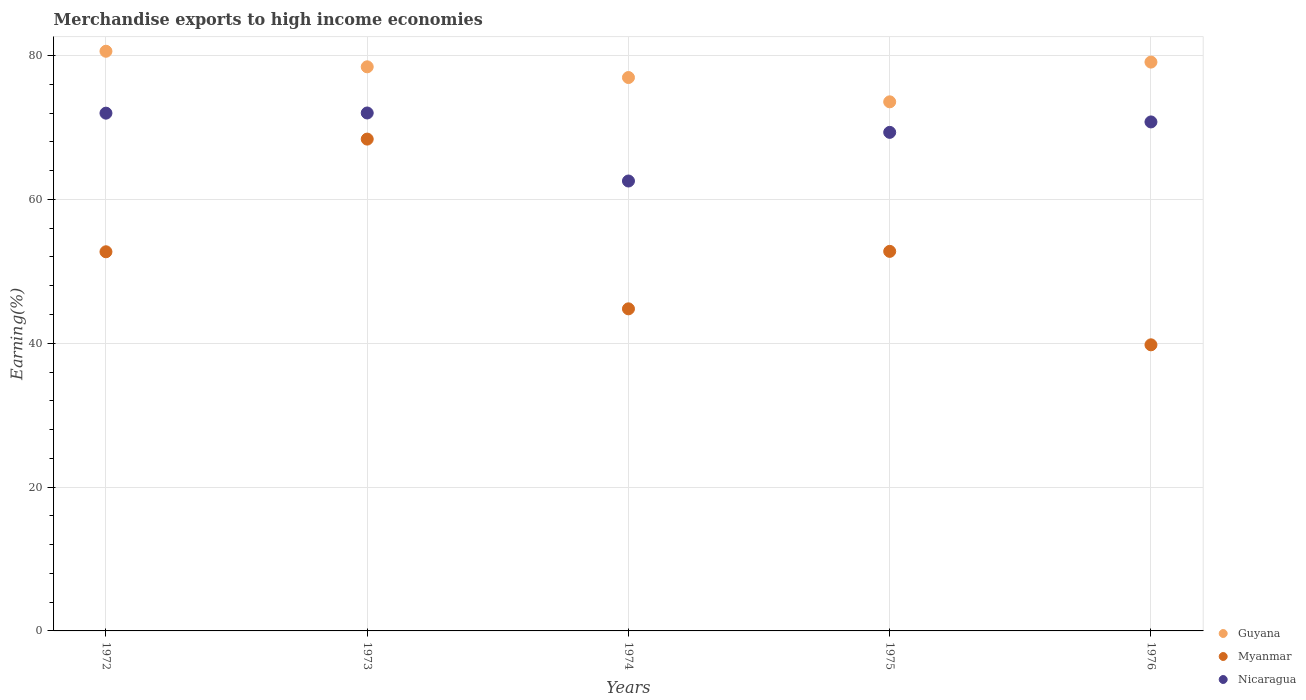
| Years | Guyana | Myanmar | Nicaragua |
 | --- | --- | --- | --- |
 | 1972 | 80.6 | 52.7 | 72 |
 | 1973 | 78.4 | 68.4 | 72 |
 | 1974 | 77 | 44.8 | 62.6 |
 | 1975 | 73.6 | 52.8 | 69.3 |
 | 1976 | 79.1 | 39.8 | 70.8 |